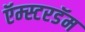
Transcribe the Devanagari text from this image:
ऍम्स्टरडॅम